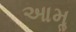
આમૢ